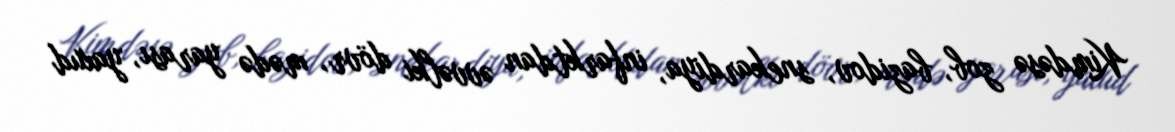
Kimdəsə zob, bazidov, snekardiya, infarktdan əvvəlki dövr, mədə yarası, yaxud